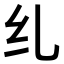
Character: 𫄙